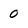
Character: 0